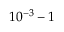
1 0 ^ { - 3 } - 1